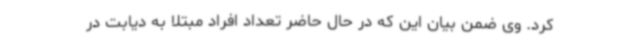
کرد. وی ضمن بیان این که در حال حاضر تعداد افراد مبتلا به دیابت در